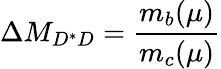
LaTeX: \Delta M_{D^{*}D}={\frac{m_{b}(\mu)}{m_{c}(\mu)}}